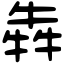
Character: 犇